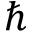
\hbar